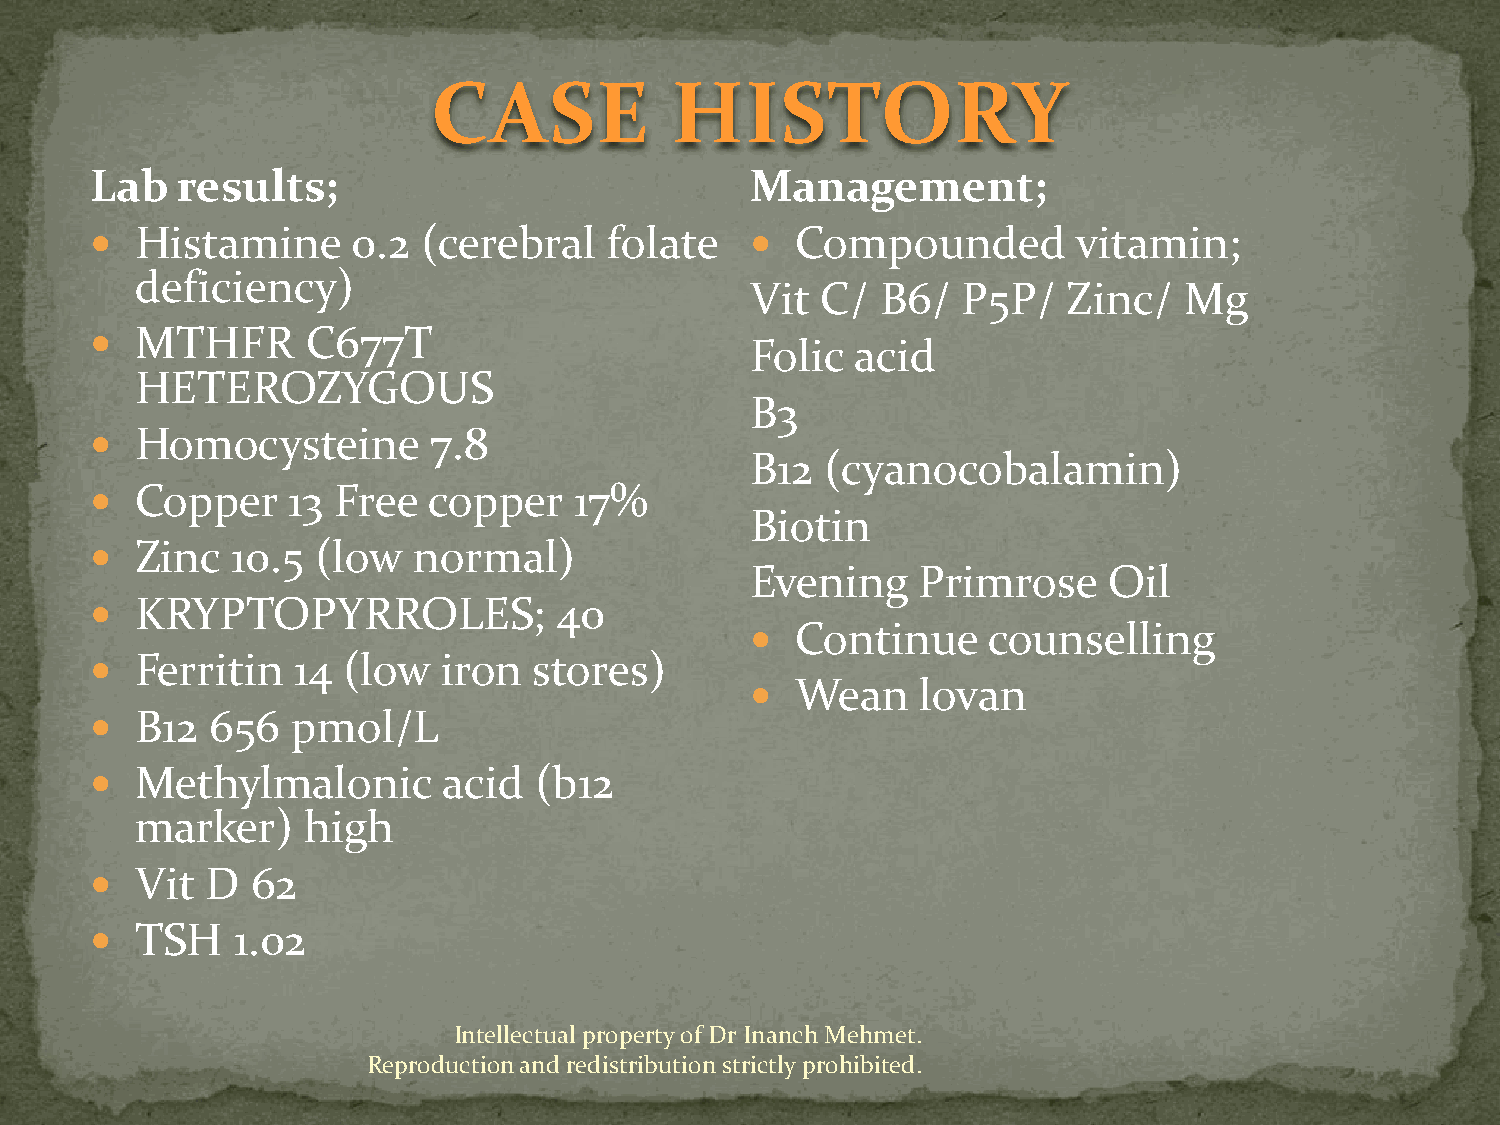
CASE           HISTORY
 Lab   results;                              Management;
   Histamine     0.2  (cerebral   folate      Compounded        vitamin;
 deficiency)
 Vit C/  B6/   P5P/   Zinc/  Mg
   MTHFR      C677T
 Folic  acid
 HETEROZYGOUS
 B3
   Homocysteine       7.8
 B12  (cyanocobalamin)
   Copper    13 Free  copper    17%
 Biotin
   Zinc  10.5  (low  normal)
 Evening    Primrose    Oil
   KRYPTOPYRROLES;             40
   Continue    counselling
   Ferritin  14  (low  iron  stores)
   Wean    lovan
   B12  656  pmol/L
   Methylmalonic       acid  (b12
 marker)    high
   Vit  D  62
   TSH   1.02
 Intellectual property of Dr Inanch Mehmet.
 Reproduction and redistribution strictly prohibited.